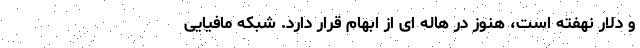
و دلار نهفته است، هنوز در هاله ای از ابهام قرار دارد. شبکه مافیایی